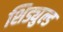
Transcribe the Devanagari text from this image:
शिड्युल्ड